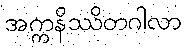
အက္ကနိဿိတဂါလာ